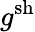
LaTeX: g^{\mathrm{sh}}